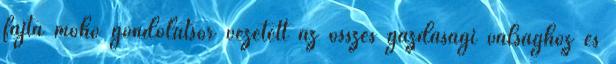
fajta mohó gondolatsor vezetett az összes gazdasági válsághoz és